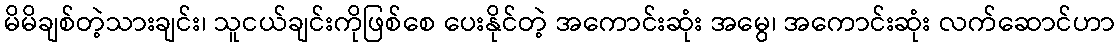
မိမိချစ်တဲ့သားချင်း၊ သူငယ်ချင်းကိုဖြစ်စေ ပေးနိုင်တဲ့ အကောင်းဆုံး အမွေ၊ အကောင်းဆုံး လက်ဆောင်ဟာ